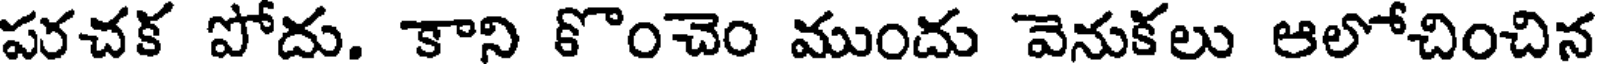
పరచక పోదు. కాని కొంచెం ముందు వెనుకలు ఆలోచించిన